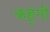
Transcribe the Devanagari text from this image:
कहूंगी